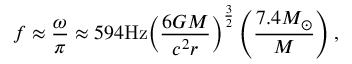
f \approx \frac { \omega } { \pi } \approx 5 9 4 \mathrm { { H z } } { \left( { \frac { { 6 G M } } { { { c ^ { 2 } } r } } } \right) ^ { \frac { 3 } { 2 } } } \left( { \frac { { 7 . 4 { M _ { \odot } } } } { M } } \right) ,